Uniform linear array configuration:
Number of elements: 4
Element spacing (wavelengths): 0.75
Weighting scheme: binomial
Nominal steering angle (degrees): -15
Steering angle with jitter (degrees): -14.977
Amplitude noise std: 0.05
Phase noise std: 0.05

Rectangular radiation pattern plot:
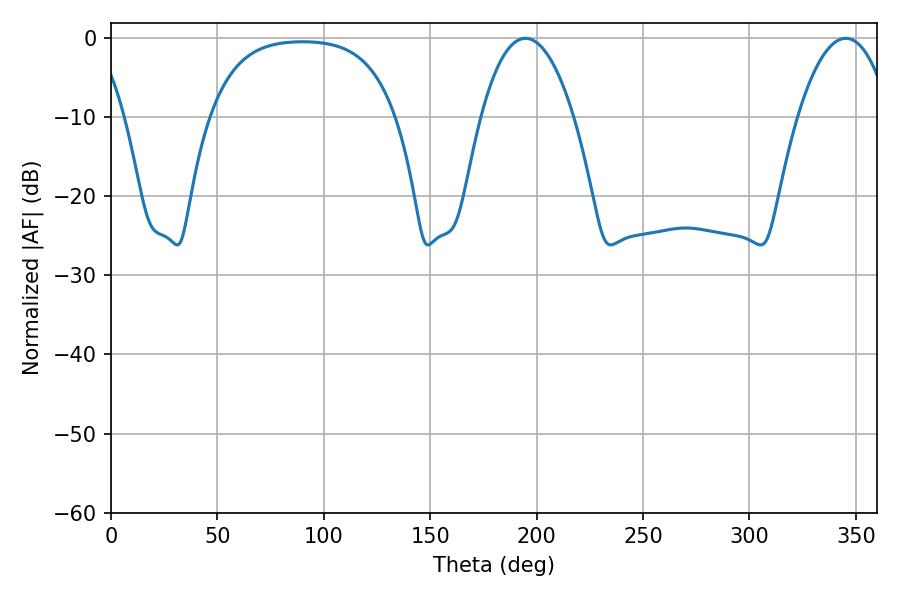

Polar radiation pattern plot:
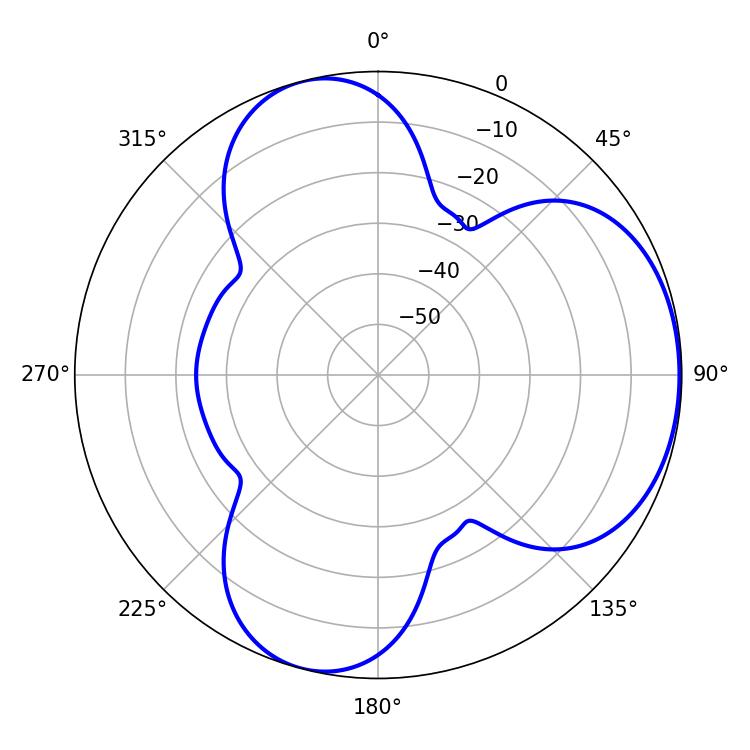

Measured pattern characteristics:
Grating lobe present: TRUE
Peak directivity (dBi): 4.878
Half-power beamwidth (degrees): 24.3
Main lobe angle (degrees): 194.76